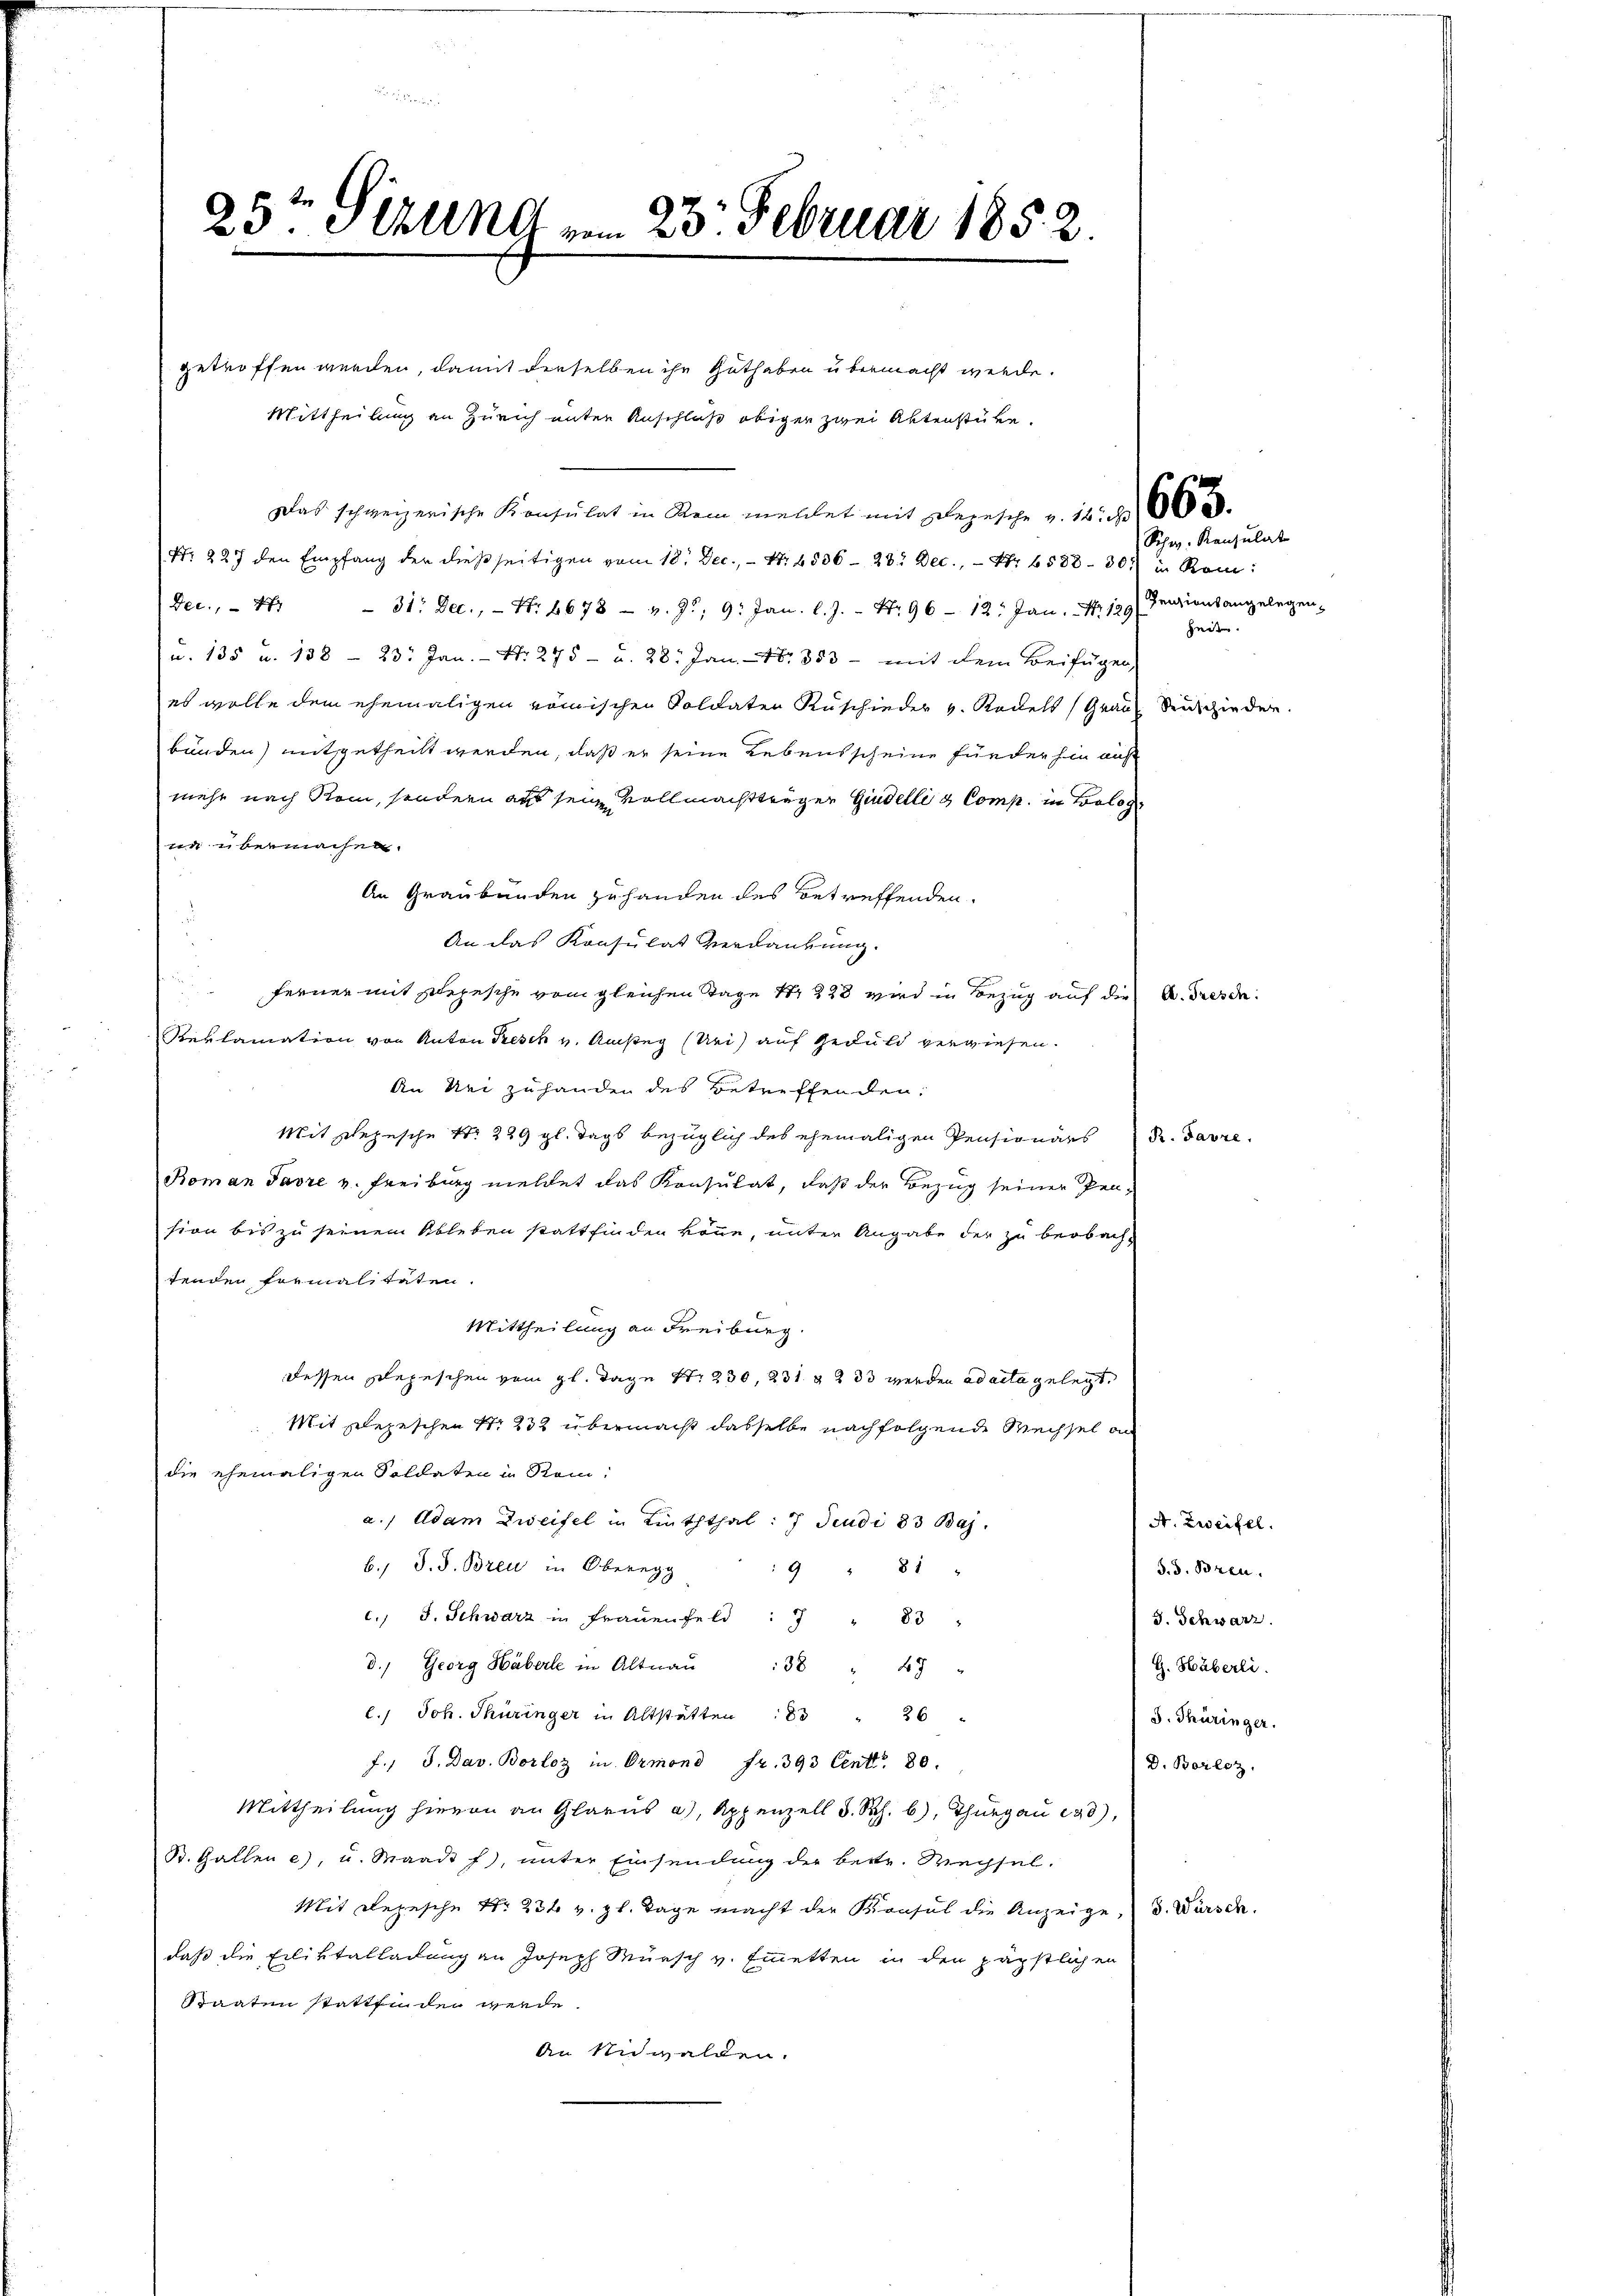
25ten Sizung vom 23. Februar 1852.

getroffen werden, damit derselben ihr Guthaben u bermacht werde.
Mittheilung an Zürich unter Anschluß obiger zwei Aktenstüke.
Das schweizerische Konsulat in Rein meldet mit Depesche v. 16. d. 2
(Nr. 227 den Empfang der dießseitigen vom 18. Dec. - No. 4506 - 28. Dec., Nr. 6588 - 30.) in Rom:
Dec. 17 - 31. Dec., Nr. 2678 - 4. 90, 9. Jan. l. J. Nr. 96 - 12. Jan. Nr. 120 Fenzionsangelegen-
u. 135 u. 138 - 23. Jan.- Nr. 275 - u. 28. Jan. 1353- mit dem Beifügen,
es wolle dem ehemaligen römischen Soldaten Zuschieder v. Rodelt (Grau Ruschieder.
bunden) mitgetheilt werden, daß er seine Lebensscheine fürder hin auf
mehr nach Rein, sondern aus sein Vollmachtträger Giudelli & Comp. in Bolog
ne übermachen.
An Graubünden zuhanden des betreffenden.
.
An das Konsulat Verdankung.
ferner mit Depesche vom gleichen Tage Nr. 223 wird in Bezug auf die A. Dresde
Reklamation von Anton Presch v. Amsteg (Uri) auf Geduld verwiesen.
An bei zuhanden des Betreffenden:
Mit Depesche No. 229 gl. Tags bezüglich des ehemaligen Pensionärs R. Favre,
Boman Favre v. Freiburg meldet das Konsulat, daß der Bezug seiner Pen-
sion bis zu seinem Ableben stattfinden könne, unter Angabe der zu beobachtenden formals taten.
Mittheilung an Freiburg.
dessen Depeschen vom gl. Tage S. 230, 231. 32 33 werden ad acta gelegt.
Mit Depeschen Nr. 232 übermacht dasselbe nachfolgende Wechsel an
die ehemaligen Soldaten in Rom.
a. Adam Zweifel in Linththal: 7 Jeudi 83 Baj
b. J. J. Breu in Oberegg
9 " 81 "
C. J. Schwarz in Frauenfeld. " " 83 "
d. Georg Häberle in Altnaŭ 38 " 47 "
l.. Joh. Thüringer in Altstätten 8 " 26 "
f. J. Dav. Borloz in Ormond fr. 393 Cent. 80.
Mittheilung hievon an Glarus a), Appenzell S. Rh. b), Thurgau 298),
B. Gallen e), u. Waadt f, ŭnter Einsendŭng der betr. Wechsel.
Mit Repesche No. 23t v. gl. Tage macht der Konsul die Anzeige, d. Würsch
daß die Eiliktalladung an Joseph Münsch v. Emmetten in den päpstlichen
Staaten stattfinden werde.
An unwalden.

Schw. Konsulat
jeden.

A. Zweifel.
d. d. Bren
J. Schwarz.
G. Häberli.
S. Thüringer.
D. Borlez